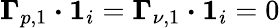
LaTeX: \boldsymbol{\Gamma}_{p,{1}}\boldsymbol{\cdot}\boldsymbol{1}_{i}=\boldsymbol{\Gamma}_{\nu,{1}}\boldsymbol{\cdot}\boldsymbol{1}_{i}=0